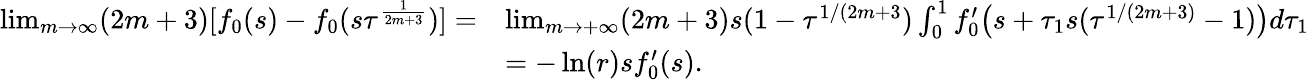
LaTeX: \begin{array}{rl}{\operatorname*{lim}_{m\rightarrow\infty}(2m+3)[f_{0}(s)-f_{0}(s\tau^{\frac{1}{2m+3}})]=}&{\operatorname*{lim}_{m\rightarrow+\infty}(2m+3)s(1-\tau^{1/(2m+3})\int_{0}^{1}f_{0}^{\prime}\big(s+\tau_{1}s(\tau^{1/(2m+3)}-1)\big)d\tau_{1}}\\ &{=-\ln(r)sf_{0}^{\prime}(s).}\end{array}